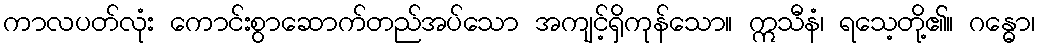
ကာလပတ်လုံး ကောင်းစွာဆောက်တည်အပ်သော အကျင့်ရှိကုန်သော။ ဣသီနံ၊ ရသေ့တို့၏။ ဂန္ဓော၊